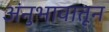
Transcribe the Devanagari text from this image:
अंनुभावातून